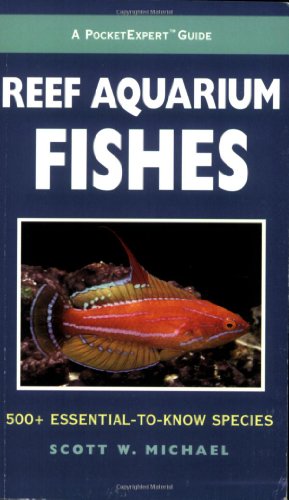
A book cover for A PocketExpert Guide to Reef Aquarium Fishes: 500+ Essential-to-Know Species (Microcosm/T.F.H. Professional); Scott W. Michael; Crafts, Hobbies & Home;